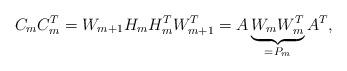
LaTeX: \begin{align*}C_{m}C_{m}^{T}=W_{m+1}H_{m}H_{m}^{T}W_{m+1}^{T}=A\underbrace{W_{m}W_{m}^{T}}_{=P_{m}}A^{T}, \end{align*}